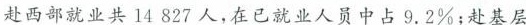
赴西部就业共14827人，在已就业人员中占9.2\%；赴基层